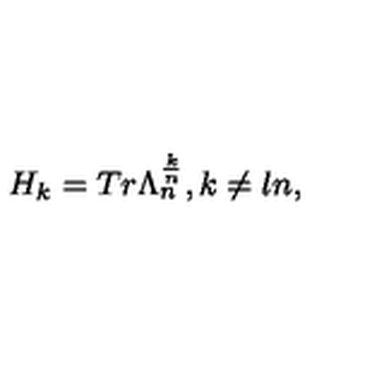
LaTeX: H _ { k } = T r { } \Lambda _ { n } ^ { \frac { k } { n } } , { } { } k \neq l n ,